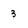
Character: 3